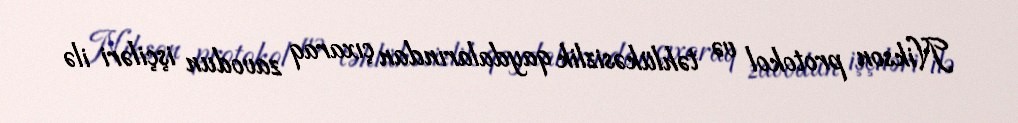
Nikson protokol və təhlükəsizlik qaydalarından çıxaraq zavodun işçiləri ilə